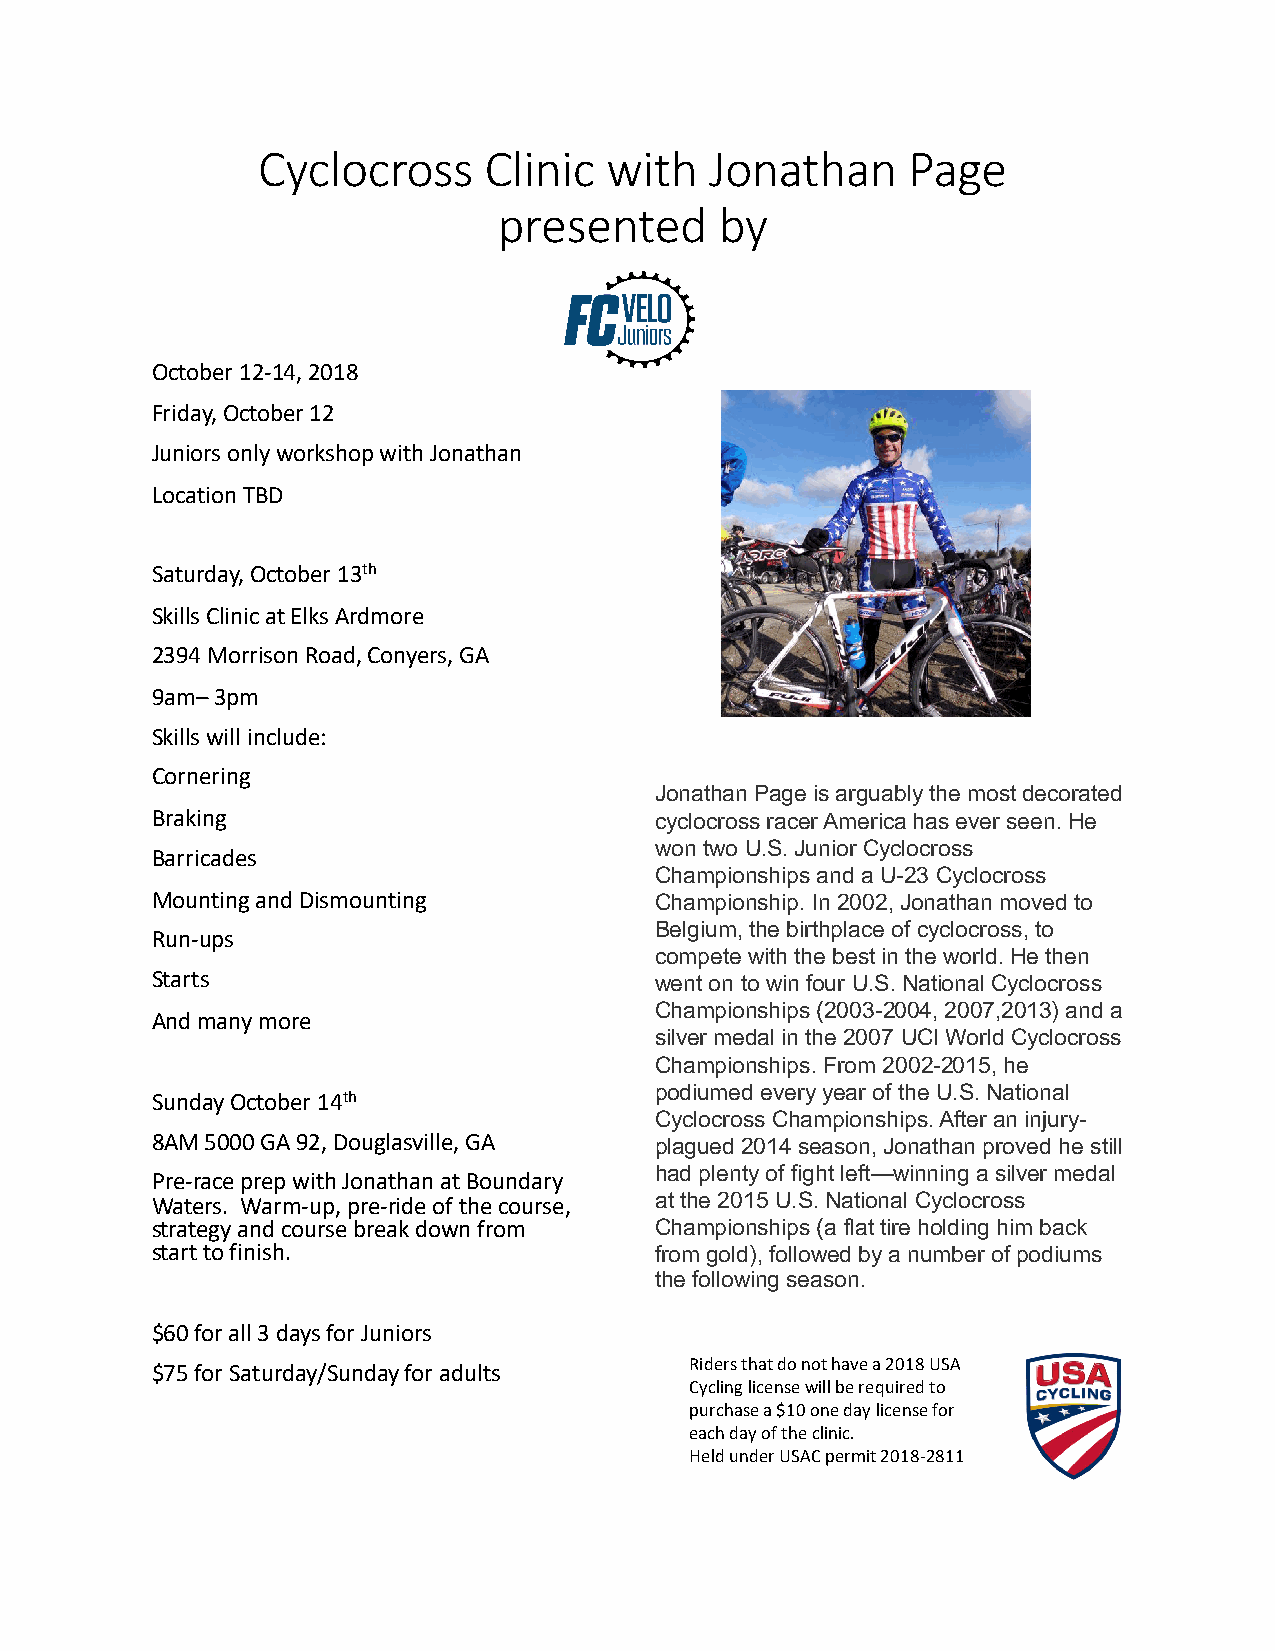
Cyclocross     Clinic  with   Jonathan     Page
 presented      by
 October 12-14, 2018
 Friday, October 12
 Juniors only workshop with Jonathan
 Location TBD
 Saturday, October 13th
 Skills Clinic at Elks Ardmore
 2394 Morrison Road, Conyers, GA
 9am–3pm
 Skills will include:
 Cornering
 Jonathan Page is arguably the most decorated
 Braking                          cyclocross racer America has ever seen. He
 won two U.S. Junior Cyclocross
 Barricades
 Championships and a U-23 Cyclocross
 Mounting and Dismounting         Championship. In 2002, Jonathan moved to
 Belgium, the birthplace of cyclocross, to
 Run-ups
 compete with the best in the world. He then
 Starts                           went on to win four U.S. National Cyclocross
 Championships (2003-2004, 2007,2013) and a
 And many more
 silver medal in the 2007 UCI World Cyclocross
 Championships. From 2002-2015, he
 podiumed every year of the U.S. National
 Sunday October 14th
 Cyclocross Championships. After an injury-
 8AM 5000 GA 92, Douglasville, GA plagued 2014 season, Jonathan proved he still
 had plenty of fight left—winning a silver medal
 Pre-race prep with Jonathan at Boundary
 Waters. Warm-up, pre-ride of the course, at the 2015 U.S. National Cyclocross
 strategy and course break down from Championships (a flat tire holding him back
 start to finish.                 from gold), followed by a number of podiums
 the following season.
 $60 for all 3 days for Juniors
 $75 for Saturday/Sunday for adults  Riders that do not have a 2018 USA
 Cycling license will be required to
 purchase a $10 one day license for
 each day of the clinic.
 Held under USAC permit 2018-2811